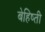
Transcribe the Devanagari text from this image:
बेहिष्ती